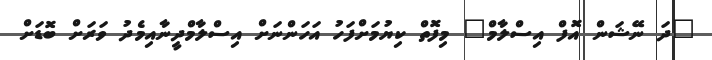
"ދަ ނޭޝަން އޮފް އިސްލާމް" މިފޮތް ކިޔުމަށްފަހު އަހަންނަށް އިސްލާމްދީނާއިމެދު ވަރަށް ބޮޑަށް